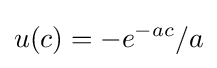
u(c)=-e^{-ac}/a